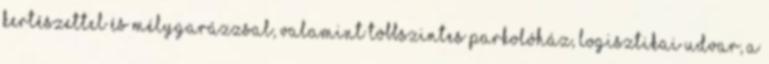
kertészettel és mélygarázzsal, valamint többszintes parkolóház, logisztikai udvar, a